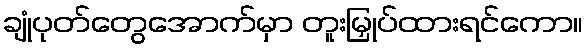
ချုံပုတ်တွေအောက်မှာ တူးမြှုပ်ထားရင်ကော။